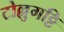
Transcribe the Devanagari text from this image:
टोल्लुगट्टि